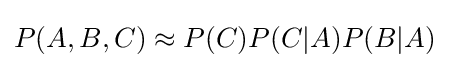
P(A,B,C)\approx P(C)P(C|A)P(B|A)